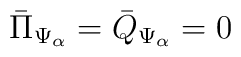
{\bar{\Pi}}_{\Psi_\alpha} = {\bar{Q}}_{\Psi_\alpha} = 0